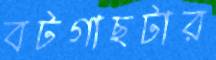
বটগাছটার